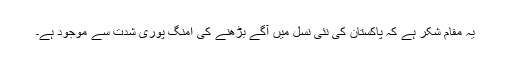
یہ مقام شکر ہے کہ پاکستان کی نئی نسل میں آگے بڑھنے کی امنگ پوری شدت سے موجود ہے۔